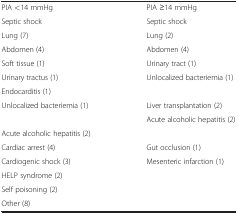
<table><thead><tr><td><b> </b></td><td><b> </b></td></tr></thead><tbody><tr><td>PIA &lt;14 mmHg</td><td>PIA ≥14 mmHg</td></tr><tr><td>Septic shock</td><td>Septic shock</td></tr><tr><td>Lung (7)</td><td>Lung (2)</td></tr><tr><td>Abdomen (4)</td><td>Abdomen (4)</td></tr><tr><td>Soft tissue (1)</td><td>Urinary tract (1)</td></tr><tr><td>Urinary tractus (1)</td><td>Unlocalized bacteriemia (1)</td></tr><tr><td>Endocarditis (1)</td><td> </td></tr><tr><td>Unlocalized bacteriemia (1)</td><td>Liver transplantation (2)</td></tr><tr><td> </td><td>Acute alcoholic hepatitis (2)</td></tr><tr><td>Acute alcoholic hepatitis (2)</td><td> </td></tr><tr><td>Cardiac arrest (4)</td><td>Gut occlusion (1)</td></tr><tr><td>Cardiogenic shock (3)</td><td>Mesenteric infarction (1)</td></tr><tr><td>HELP syndrome (2)</td><td> </td></tr><tr><td>Self poisoning (2)</td><td> </td></tr><tr><td>Other (8)</td><td> </td></tr></tbody></table>